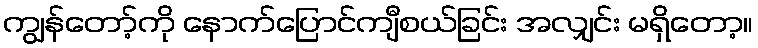
ကျွန်တော့်ကို နောက်ပြောင်ကျီစယ်ခြင်း အလျှင်း မရှိတော့။